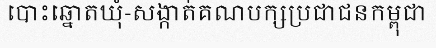
បោះឆ្នោតឃុំ-សង្កាត់គណបក្សប្រជាជនកម្ពុជា